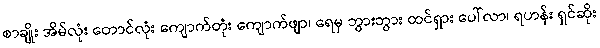
စာချိုး အိမ်လုံး တောင်လုံး ကျောက်တုံး ကျောက်ဖျာ၊ ရေမှ ဘွားဘွား ထင်ရှား ပေါ်လာ၊ ရဟန်း ရှင်ဆိုး